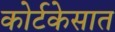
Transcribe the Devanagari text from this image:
कोर्टकेसात